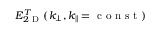
E _ { 2 \mathrm { ~ D ~ } } ^ { T } ( k _ { \perp } , k _ { \parallel } = \mathrm { ~ c ~ o ~ n ~ s ~ t ~ } )